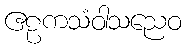
ဧဠကသံဝါသညေဝ